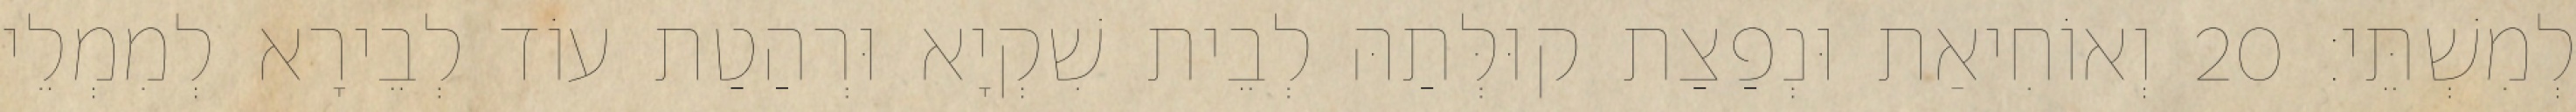
לְמִשְׁתֵּי׃ 20 וְאוֹחִיאַת וּנְפַצַת קוּלְּתַהּ לְבֵית שִׁקְיָא וּרְהַטַת עוֹד לְבֵירָא לְמִמְלֵי